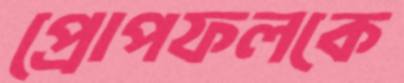
প্রোপফলকে